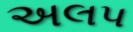
અલપ